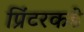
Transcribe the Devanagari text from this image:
प्रिंटरकडे